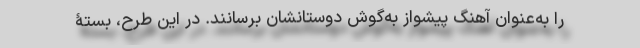
را به‌عنوان آهنگ پیشواز به‌گوش دوستانشان برسانند. در این طرح، بستۀ